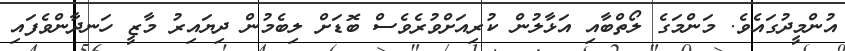
އުންމީދުގައެވެ. މަންމަގެ ލޯތްބާއި އަޅާލުން ކުރިއަށްވުރެވެސް ބޮޑަށް ލިބެމުން ދިޔައިރު މާޒީ ހަނދާންވެފައި